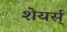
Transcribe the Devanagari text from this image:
शेयर्स्